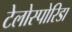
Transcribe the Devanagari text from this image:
टेलोस्पोरिडा